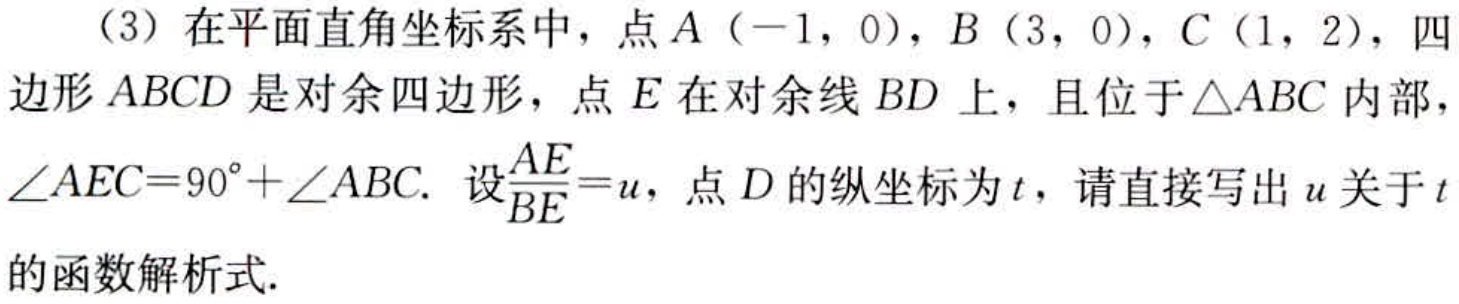
（3）在平面直角坐标系中，点\(A（-1,0）\)，\(B（3,0）\)，\(C（1,2）\)，四边形\(ABCD\)是对余四边形，点\(E\)在对余线\(BD\)上，且位于\(\triangle ABC\)内部，\(\angle AEC = 90^{\circ}+\angle ABC\). 设\(\frac{AE}{BE}=u\)，点\(D\)的纵坐标为\(t\)，请直接写出\(u\)关于\(t\)的函数解析式.